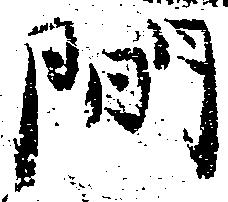
間